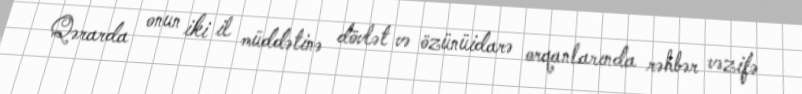
Qərarda onun iki il müddətinə dövlət və özünüidarə orqanlarında rəhbər vəzifə